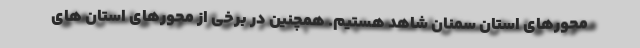
محورهای استان سمنان شاهد هستیم. همچنین در برخی از محورهای استان های